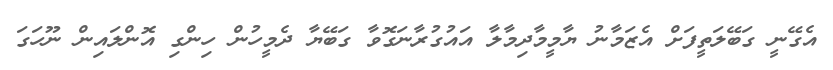
އެގޭނީ ގަބޭލަތީފަށް އެޒަމާނު ޔާމީމާދިމާލާ އައުގުރާނަގޮވާ ގަބޭޔާ ދެމީހުން ހިންގި އޮންލައިން ނޫހަގަ